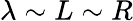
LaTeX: \lambda\sim L\sim R